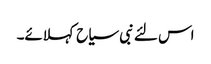
اس لئے نبی سیاح کہلائے۔